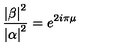
\frac { \left| \beta \right| ^ { 2 } } { \left| \alpha \right| ^ { 2 } } = e ^ { 2 i \pi \mu }